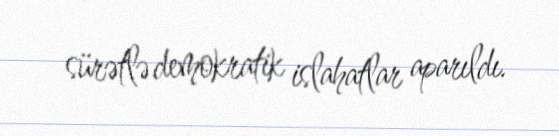
sürətlə demokratik islahatlar aparıldı.